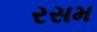
રસમ